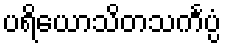
ပရိယောသိတသင်္ကပ္ပံ